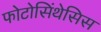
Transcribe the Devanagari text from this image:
फोटोसिंथेसिस